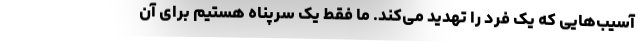
آسیب‌هایی که یک فرد را تهدید می‌کند. ما فقط یک سرپناه هستیم برای آن